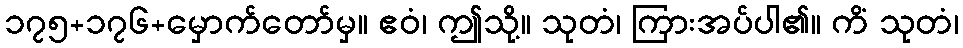
၁၇၅+၁၇၆+မှောက်တော်မှ။ ဧဝံ၊ ဤသို့။ သုတံ၊ ကြားအပ်ပါ၏။ ကိံ သုတံ၊